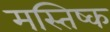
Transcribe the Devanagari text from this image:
मस्तिष्क